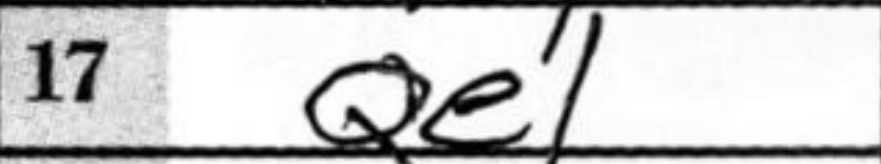
Transcription: Qe1